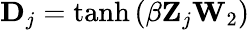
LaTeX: \mathbf{D}_{j}=\operatorname{tanh}\left(\beta\mathbf{Z}_{j}\mathbf{W}_{2}\right)